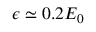
\epsilon \simeq 0 . 2 E _ { 0 }